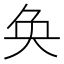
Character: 奂